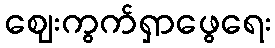
ဈေးကွက်ရှာဖွေရေး